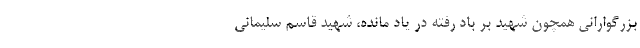
بزرگوارانی همچون شهید بر باد رفته در یاد مانده، شهید قاسم سلیمانی